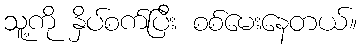
သူ့ကို နှိပ်စက်ပြီး စစ်မေးနေတယ်။